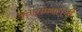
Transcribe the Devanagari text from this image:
दत्तारामबापूंची